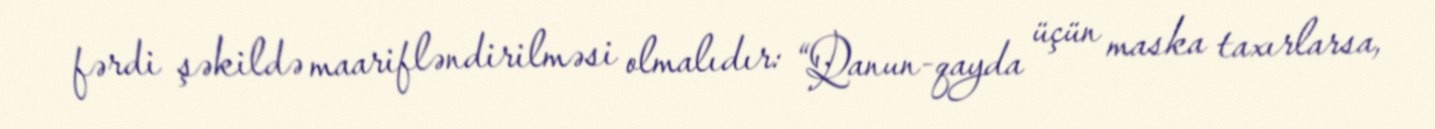
fərdi şəkildə maarifləndirilməsi olmalıdır: “Qanun-qayda üçün maska taxırlarsa,